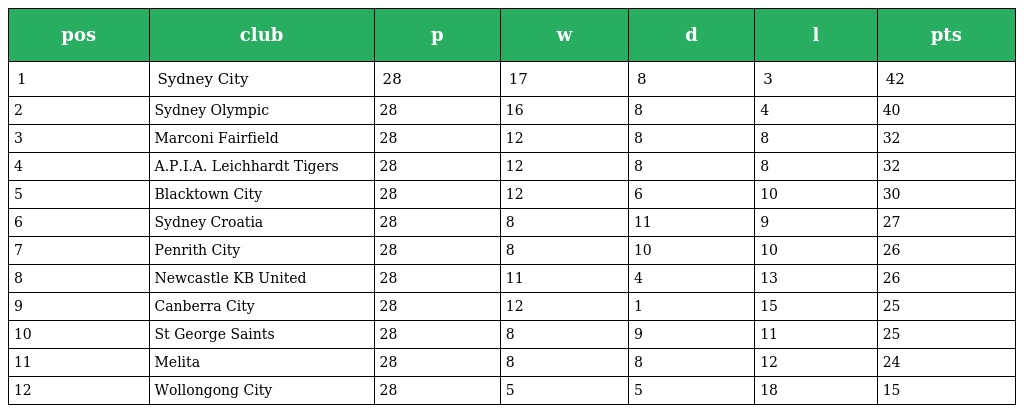
| pos | club | p | w | d | l | pts |
 | --- | --- | --- | --- | --- | --- | --- |
 | 1 | Sydney City | 28 | 17 | 8 | 3 | 42 |
 | 2 | Sydney Olympic | 28 | 16 | 8 | 4 | 40 |
 | 3 | Marconi Fairfield | 28 | 12 | 8 | 8 | 32 |
 | 4 | A.P.I.A. Leichhardt Tigers | 28 | 12 | 8 | 8 | 32 |
 | 5 | Blacktown City | 28 | 12 | 6 | 10 | 30 |
 | 6 | Sydney Croatia | 28 | 8 | 11 | 9 | 27 |
 | 7 | Penrith City | 28 | 8 | 10 | 10 | 26 |
 | 8 | Newcastle KB United | 28 | 11 | 4 | 13 | 26 |
 | 9 | Canberra City | 28 | 12 | 1 | 15 | 25 |
 | 10 | St George Saints | 28 | 8 | 9 | 11 | 25 |
 | 11 | Melita | 28 | 8 | 8 | 12 | 24 |
 | 12 | Wollongong City | 28 | 5 | 5 | 18 | 15 |